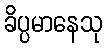
ခိပ္ပမာနေသု